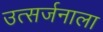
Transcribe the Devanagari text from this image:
उत्सर्जनाला